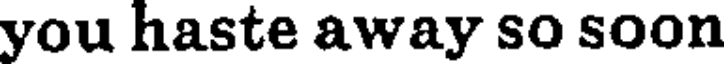
you haste away so soon